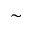
\sim